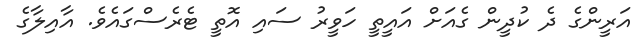
އަރީންގެ ދެ ކުދީން ގެއަށް އައީތީ ހަވީރު ސައި އޮތީ ޓެރެސްގައެވެ. އާއިލާގެ